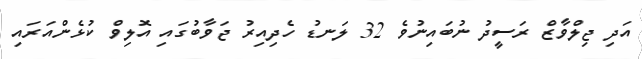
އަދި ޖިލްވާޒް ރަސީދު ނުބައިނުވެ 32 ލަނޑު ހެދިއިރު ޖަވާބުގައި އޮލިވް ކުޅެންއަރައި